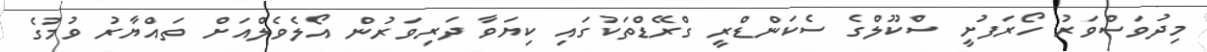
މިދުވަސްވަރު ހޯރަފުށީ ސްކޫލްގެ ސެކަންޑްރީ ގްރޭޑްތަކުގައި ކިޔަވާ ދަރިވަރުން އޯލެވެލްއަށް ތައްޔާރު ވުމުގެ